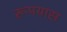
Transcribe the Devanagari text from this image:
रूपयास